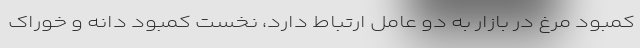
کمبود مرغ در بازار به دو عامل ارتباط دارد، نخست کمبود دانه و خوراک